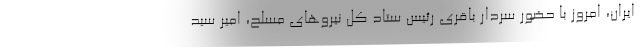
ایران، امروز با حضور سردار باقری رئیس ستاد کل نیروهای مسلح، امیر سید